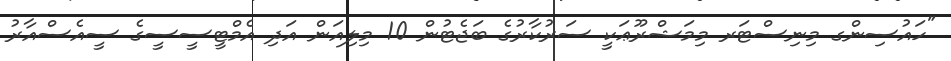
"ހައުސިންގ މިނިސްޓަރ މިމަޝްރޫޢަކީ ސަރުކާރުގެ ބަޖެޓުން 10 މިލިއަން އަދި އެމްޓީސީސީގެ ސީއެސްއާރު